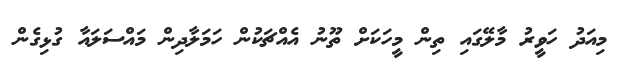
މިއަދު ހަވީރު މާލޭގައި ތިން މީހަކަށް ތޫނު އެއްޗަކުން ހަމަލާދިން މައްސަލައާ ގުޅިގެން